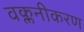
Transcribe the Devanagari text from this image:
वक्लनीकरण